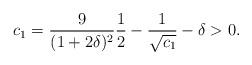
LaTeX: \begin{align*}c_1 =\frac{9}{(1+2\delta)^2} \frac{1}{2} - \frac{1}{\sqrt{c_1}} - \delta > 0.\end{align*}